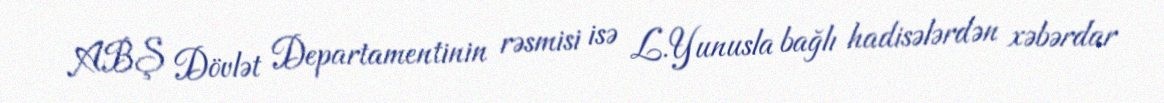
ABŞ Dövlət Departamentinin rəsmisi isə L.Yunusla bağlı hadisələrdən xəbərdar